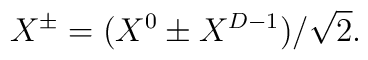
X^{\pm} = (X^0 \pm X^{D-1})/\sqrt{2}.